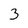
Character: 3